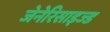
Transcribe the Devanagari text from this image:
जेनेरिसाइज्ड